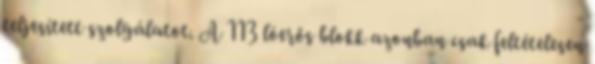
teljesített szolgálatot. A 113 lóerős blokk azonban csak feltételesen